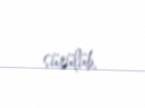
sürülüb.